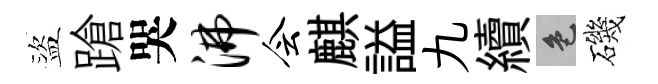
盜蹌哭沸会麒謚九續色磯